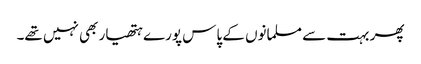
پھر بہت سے مسلمانوں کے پاس پورے ہتھیار بھی نہیں تھے۔